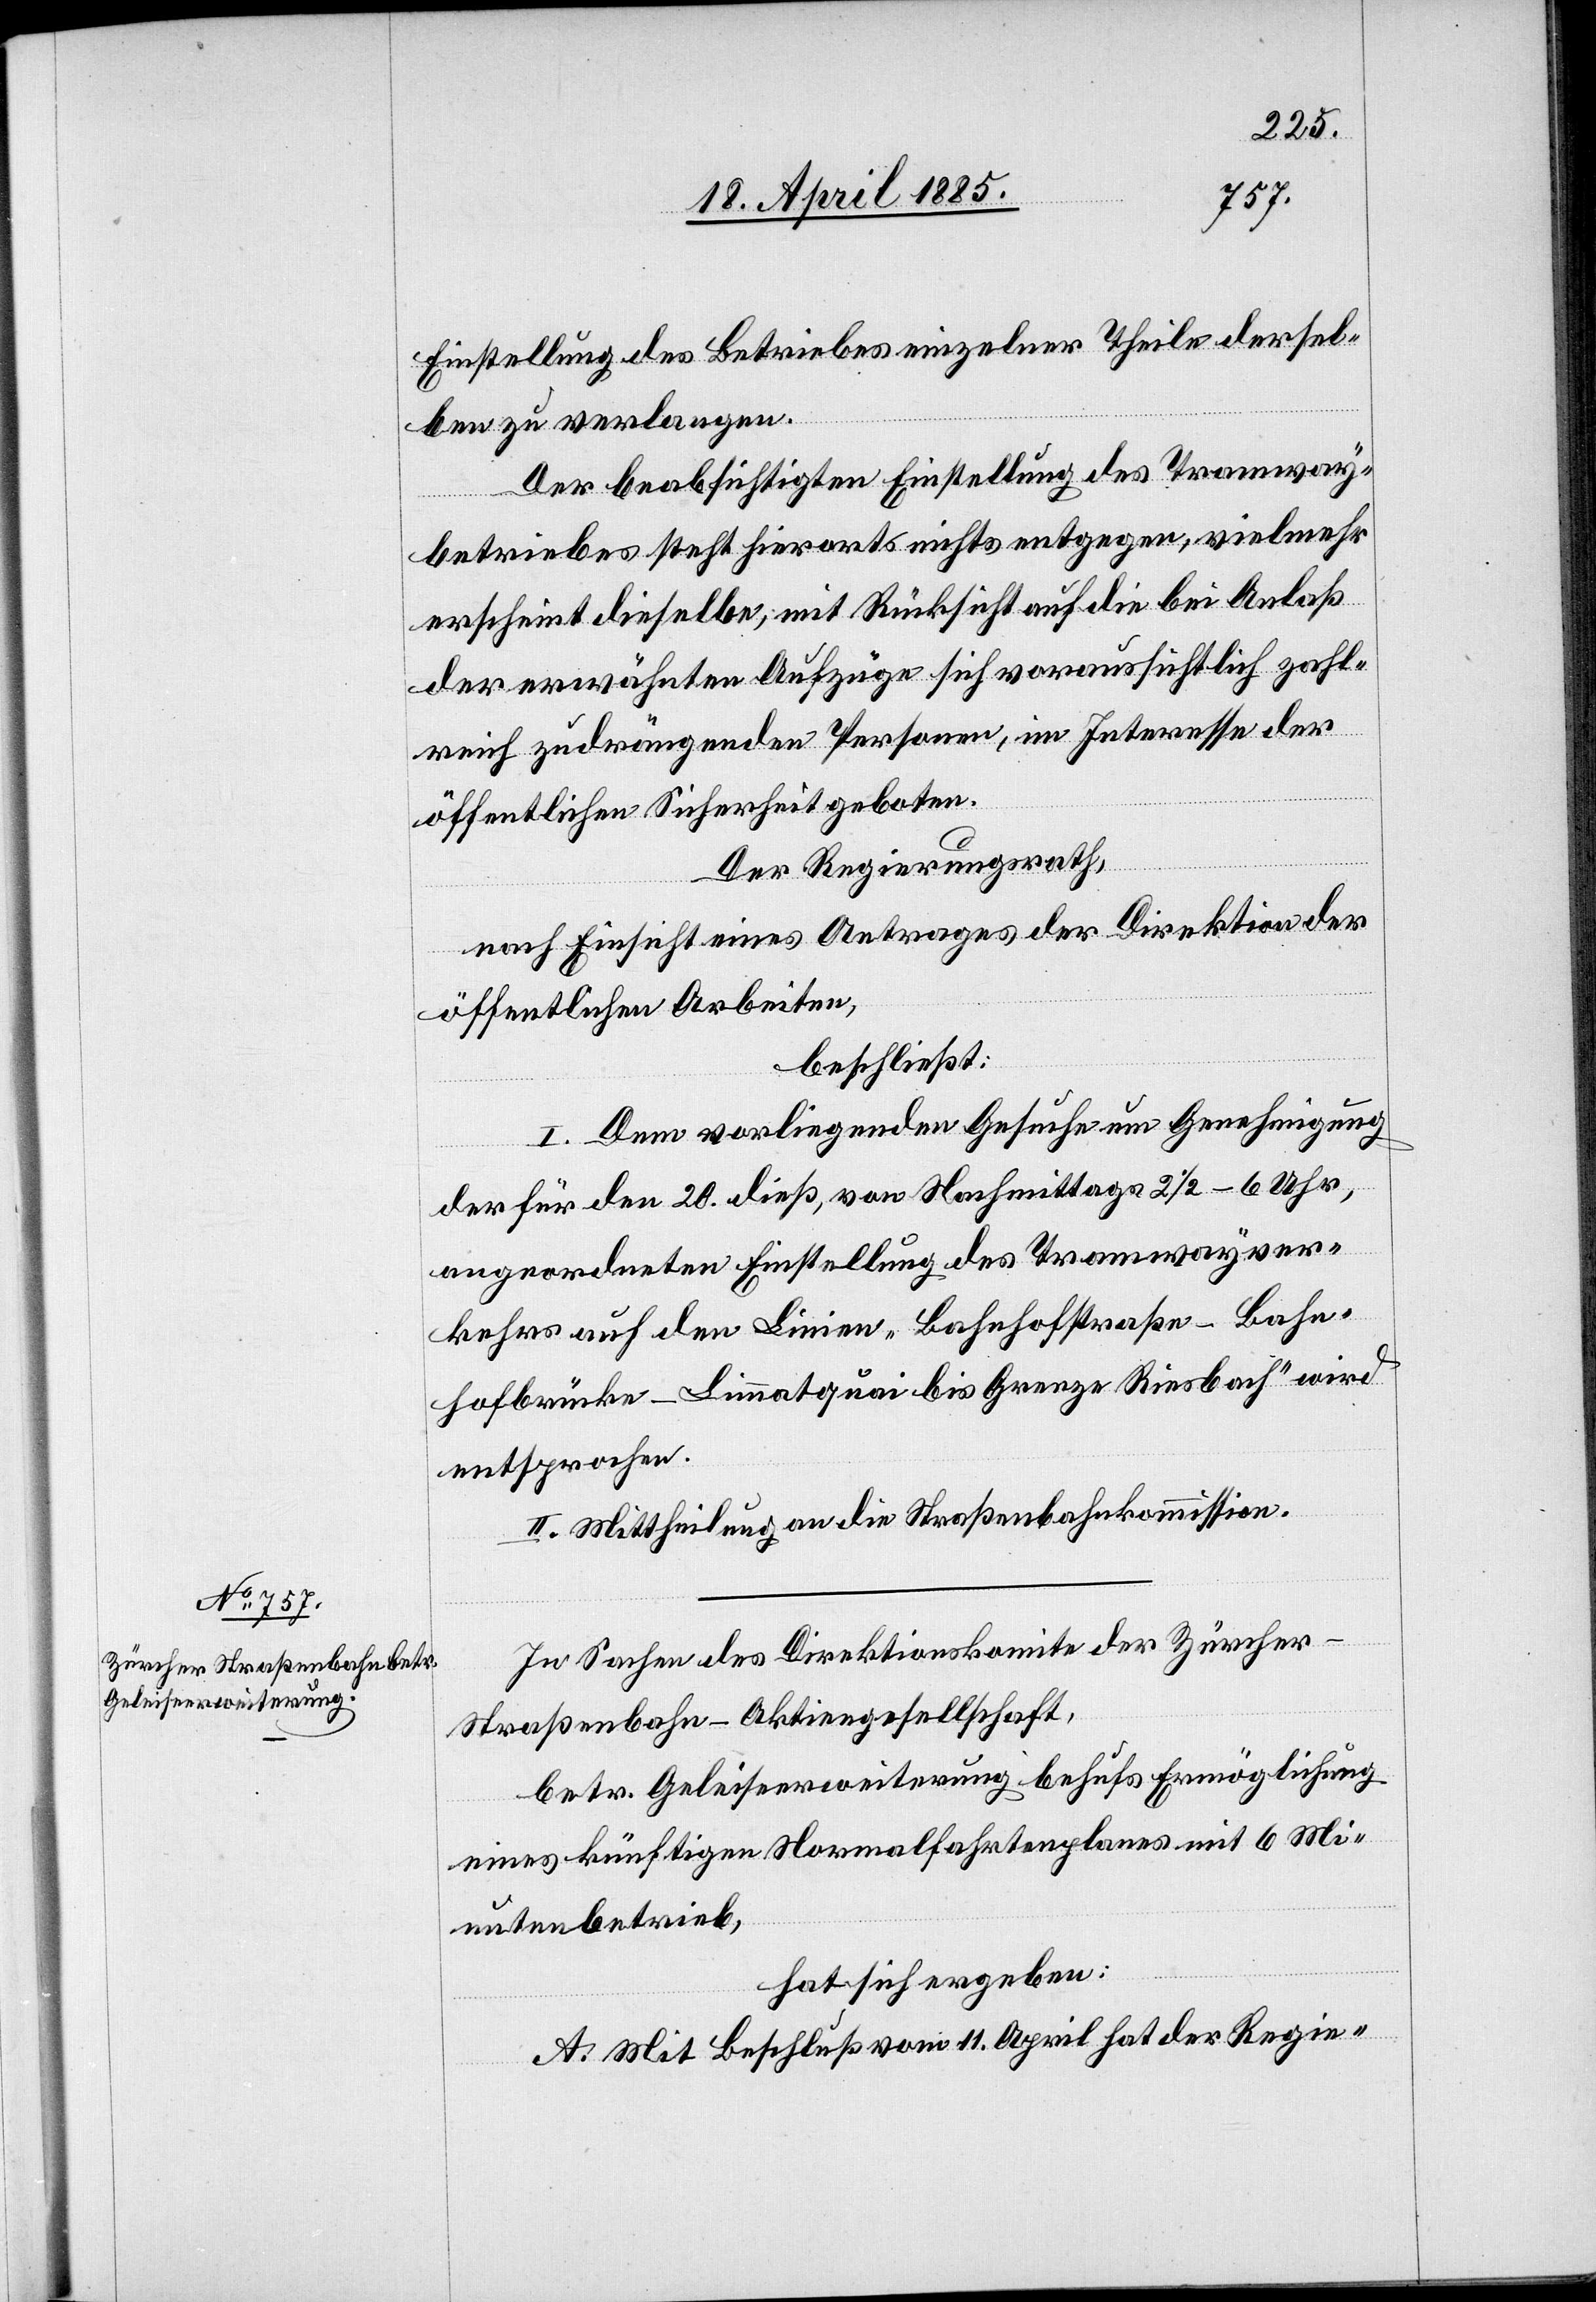
Einstellung des Betriebes einzelner Theile dersel¬
ben zu verlangen.
Der beabsichtigten Einstellung des Tramway¬
betriebes steht hierorts nichts entgegen, vielmehr
erscheint dieselbe, mit Rücksicht auf die bei Anlaß
der erwähnten Aufzüge sich voraussichtlich zahl¬
reich zudrängenden Personen, im Interesse der
öffentlichen Sicherheit geboten.
Der Regierungsrath,
nach Einsicht eines Antrages der Direktion der
öffentlichen Arbeiten,
beschließt:
I. Dem vorliegenden Gesuche um Genehmigung
der für den 20. dieß, von Nachmittags 2 1/2 bis 6 Uhr,
angeordneten Einstellung des Tramwayver¬
kehrs auf den Linien „Bahnhofstraße–Bahn¬
hofbrücke–Limmatquai bis Grenze Riesbach“ wird
entsprochen.
II. Mittheilung an die Straßenbahnkommission.